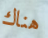
هناك